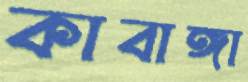
কাবাঙ্গা